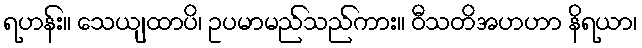
ရဟန်း။ သေယျထာပိ၊ ဥပမာမည်သည်ကား။ ဝီသတိအဟဟာ နိရယာ၊